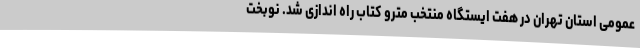
عمومی استان تهران در هفت ایستگاه منتخب مترو کتاب راه اندازی شد. نوبخت